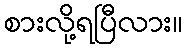
စားလို့ရပြီလား။